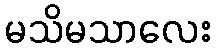
မသိမသာလေး